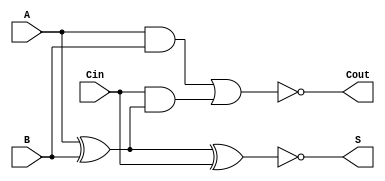
module Negative_Circuit_Full_Adder (
    input wire A,    // First input bit
    input wire B,    // Second input bit
    input wire Cin,  // Carry-in bit
    output wire S,   // Sum output
    output wire Cout  // Carry-out output
);

// Intermediate signals for positive logic
wire sum_pos;
wire carry_pos;

// Compute the positive logic sum and carry-out
assign sum_pos = A ^ B ^ Cin; // S = A  B  Cin
assign carry_pos = (A & B) | (Cin & (A ^ B)); // Cout = (A  B) + (Cin  (A  B))

// Invert the outputs for negative logic
assign S = ~sum_pos;   // Negative Sum: S = (A  B  Cin)
assign Cout = ~carry_pos; // Negative Carry-Out: Cout = ((A  B) + (Cin  (A  B)))

endmodule